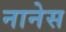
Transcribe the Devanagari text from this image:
नानेस